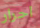
احرار